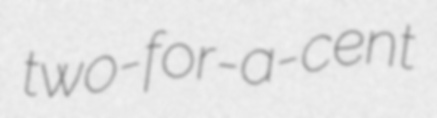
two-for-a-cent